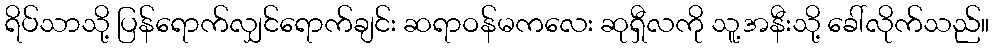
ရိပ်သာသို့ ပြန်ရောက်လျှင်ရောက်ချင်း ဆရာဝန်မကလေး ဆုရှီလကို သူ့အနီးသို့ ခေါ်လိုက်သည်။